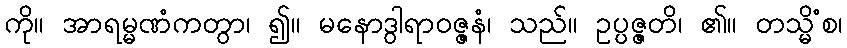
ကို။ အာရမ္မဏံကတွာ၊ ၍။ မနောဒွါရာဝဇ္ဇနံ၊ သည်။ ဥပ္ပဇ္ဇတိ၊ ၏။ တသ္မိံစ၊